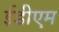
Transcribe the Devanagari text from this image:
ईडीएम